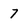
Character: 7